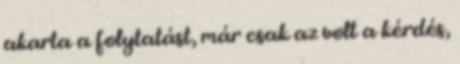
akarta a folytatást, már csak az volt a kérdés,